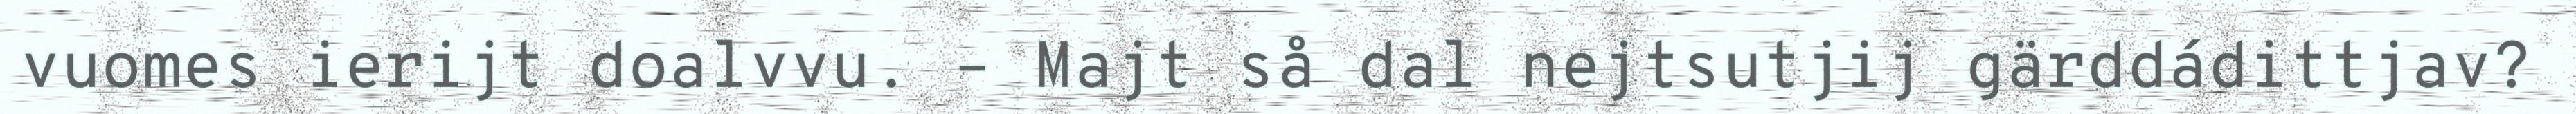
vuomes ierijt doalvvu. – Majt så dal nejtsutjij gärddádittjav?